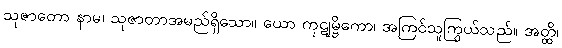
သုဇာတော နာမ၊ သုဇာတာအမည်ရှိသော။ ယော ကုဋုမ္ဗိကော၊ အကြင်သူကြွယ်သည်။ အတ္ထိ၊